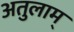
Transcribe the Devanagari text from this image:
अतुलाम्